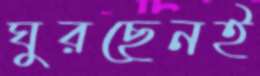
ঘুরছেনই